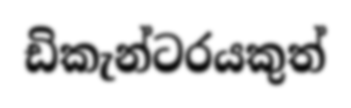
ඩිකැන්ටරයකුත්